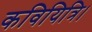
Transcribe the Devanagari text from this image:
कवियित्रि।